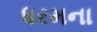
ધરમના